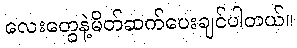
လေးတွေနဲ့မိတ်ဆက်ပေးချင်ပါတယ်။